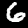
Label: 6